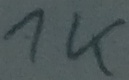
Text: 1K